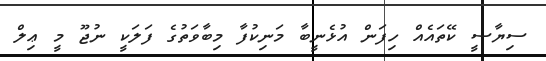
ސިޔާސީ ކޭތައެއް ހިފަން އުޅެނީބާ މަނިކުފާ މިބާވަތުގެ ފަލަކީ ނުޖޫ މީ ޢިލް